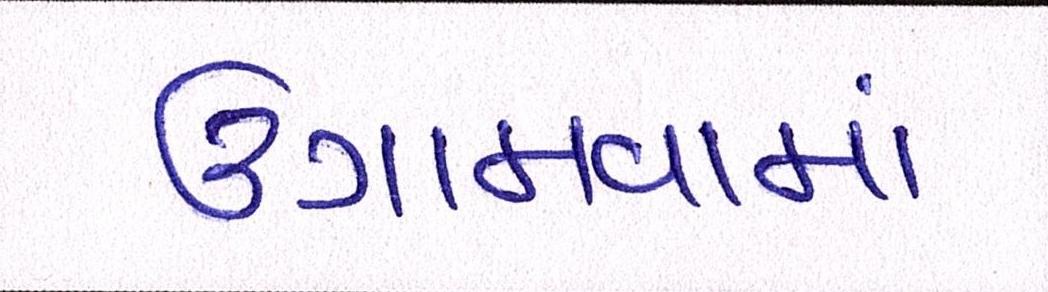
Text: ઉગામવામાં